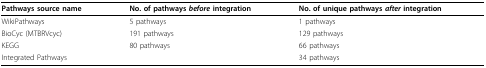
| Pathways source name | No. of pathways before integration | No. of unique pathways after integration |
 | --- | --- | --- |
 | WikiPathways | 5 pathways | 1 pathways |
 | BioCyc (MTBRVcyc) | 191 pathways | 129 pathways |
 | KEGG | 80 pathways | 66 pathways |
 | Integrated Pathways |  | 34 pathways |